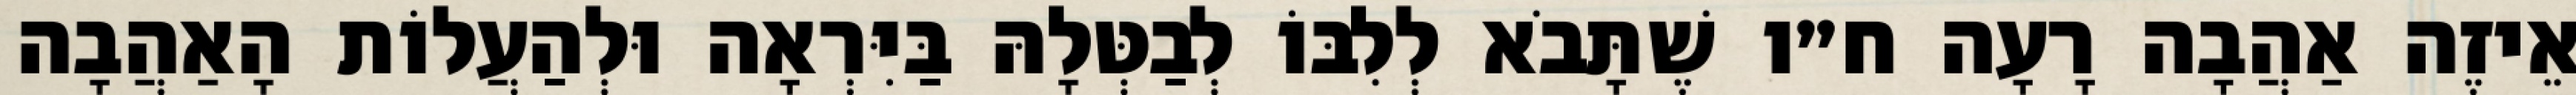
אֵיזֶה אַהֲבָה רָעָה ח״ו שֶׁתָּבֹא לְלִבּוֹ לְבַטְּלָהּ בַּיִּרְאָה וּלְהַעֲלוֹת הָאַהֲבָה